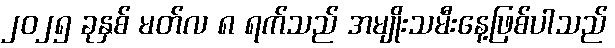
၂၀၂၅ ခုနှစ် မတ်လ ၈ ရက်သည် အမျိုးသမီးနေ့ဖြစ်ပါသည်